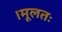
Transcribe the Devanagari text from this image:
।मूलतः